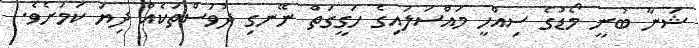
ޝަނާ ބުނީ މޯޑުގެ ސިއްހީ މައްސަލައިގެ ހަގީގަތް ނޭނގި ދުވަސްތަކެއް ދިޔަ ކަމަށެވެ.